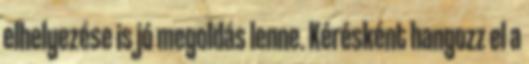
elhelyezése is jó megoldás lenne. Kérésként hangozz el a